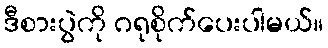
ဒီစားပွဲကို ဂရုစိုက်ပေးပါမယ်။